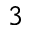
3